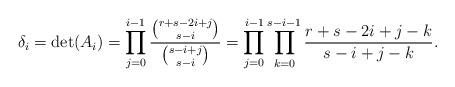
LaTeX: \begin{align*} \delta_i=\det(A_i)=\prod_{j=0}^{i-1} \frac{\binom{r+s-2i+j}{s-i}}{\binom{s-i+j}{s-i}} =\prod_{j=0}^{i-1}\prod_{k=0}^{s-i-1}\frac{r+s-2i+j-k}{s-i+j-k}.\end{align*}